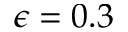
\epsilon = 0 . 3